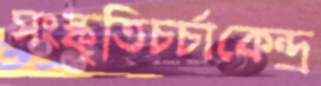
সংস্কৃতিচর্চাকেন্দ্র